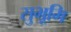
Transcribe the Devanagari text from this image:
सुभूमि